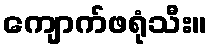
ကျောက်ဖရုံသီး။